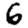
Digit: 6